Leaving Certificate, 1897
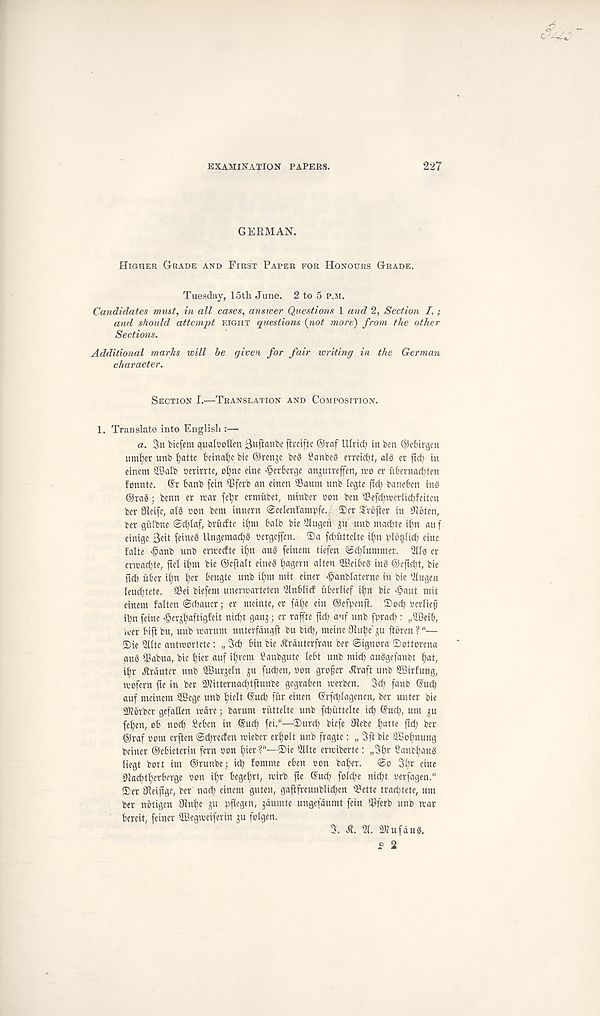
EXAMINATION PAPERS.
227
GERMAN.
HIGHER (TRADE AND FIRST PAPER FOR HONOURS GRADE.
Tuesday, 15th June. 2 to 5 P.M.
Candidates must, in all cases, answer Questions 1 and 2, Section I. ;
and should attempt EIGHT questions [not more) from the other
Sections.
Additional marhs will be given for fair writing in the German
character.
SECTION I.—TRANSLATION AND COMPOSITION.
1. Translate into English :—
a. 3n bicfem qualboflm Buffonto flvciftc ©raf UIrtd) in ben ©eBirgen
umfyet unb Ijatte betna^c bie ©ren^e be3 £anbe8 errcicbt, alg er fid) in
eincm 28alb berirrtc, ol)nc cine ^erbetge anjuirefen, rco er itbernacbten
fonnte. ©r bcmb fein ipferb an einen SBaum unb Icgte ftd; baneben tng
@ra§; benn er near fel;r ermiibet, tninber con ben 30efd)uerltd)feiten
ber 31etfc, al§ bon bem innern ©celenfambfe./ Ter Trbjter in 0iotcn,
ter gulbne ©cblaf, brudte il)m balb bie 5lugeh
unb macbte il;n an f
einige 3eit feineS Ungemad)§ bergeffcn. Ta fdiuttclte ifm blbpd) eine
falte >§anb unb errcecfte if)n au§ feincm tiefen ©drummer. 2110 cr
crreacbte, fiel ifyn bie ©cftalt eineS ^agern alien SBeibcg ing ©eficbt, bie
fid) uber it)n i)er beugte unb it)m mit einer *§anblaterne in bie 5tugen
leucbtete. Sei biefem unenrarteten 5lnblid uberlief if)n bie $aut mit
cinem falten ©(baucr; er meinte, er fdf)e ein ©efbenfi. Tocb berlief
il)n feine ^erjbaftigfeit nid)t ganj; cr raftte fid; auf unb ftrad;: „9Beib,
veer bift bu, uub rearum unterfangfi bit bid), meinc Jiube' ju ftbren ? "—
Tie Qllte antreortete: „ 3cb bin bie Jlrdutcrfrau ber ©ignora Tottorena
gug ^Pabua, tie ^ier auf intern Canbgute lebt unb mid; auggefanbt f)at,
i^r ^rdutcr unb SBurjeln ^u fudjen, bon grower Jfraft unb ©irfung,
reofern fie in ber SKitternacbtfiunbe gegraben reerben. 3d; fanb ©ud;
auf meinem ffiBege unb ^ielt ©ud; fur einen ©rfd;lagcncn, ber unter bie
SJJbrber gefaGen redre; barum riittelte unb febuttclte id; ©ud;, urn gu
fe^en, ob nod; Seben in ©ueb fei."—Turd; biefe fRebe
fid; ber
©raf bom crjlen @d;recfen reieber erbolt unb fragtc: „ 3ft bie aBobnung
bciner ©ebieterin fern bon t;ier
Tie Qilte erreibertc: „3br Sanbf;aug
liegt bort im ©runbe; id; fomme eben bon baf)er. ©o 3f)t eine
Slacbtberberge bon i^r beget;ri, reirb fte ©ud) fo!d;e nic^t berfagen."
Ter Sdeifigc, ber nad; einem guten, gafifreunblicben SBette trad;tete, urn
ber notigen Jiube ju bflegen, jdumte ungefdumt fein iPferb unb rear
bereit, feiner Sffiegreeiferin ju folgen.
3.
51. 3Kufdug,
p 2